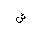
Letter: _shin